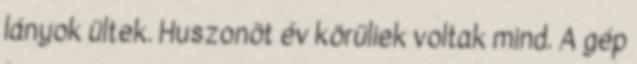
lányok ültek. Huszonöt év körüliek voltak mind. A gép